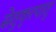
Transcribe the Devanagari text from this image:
सेतुकृत्पातु